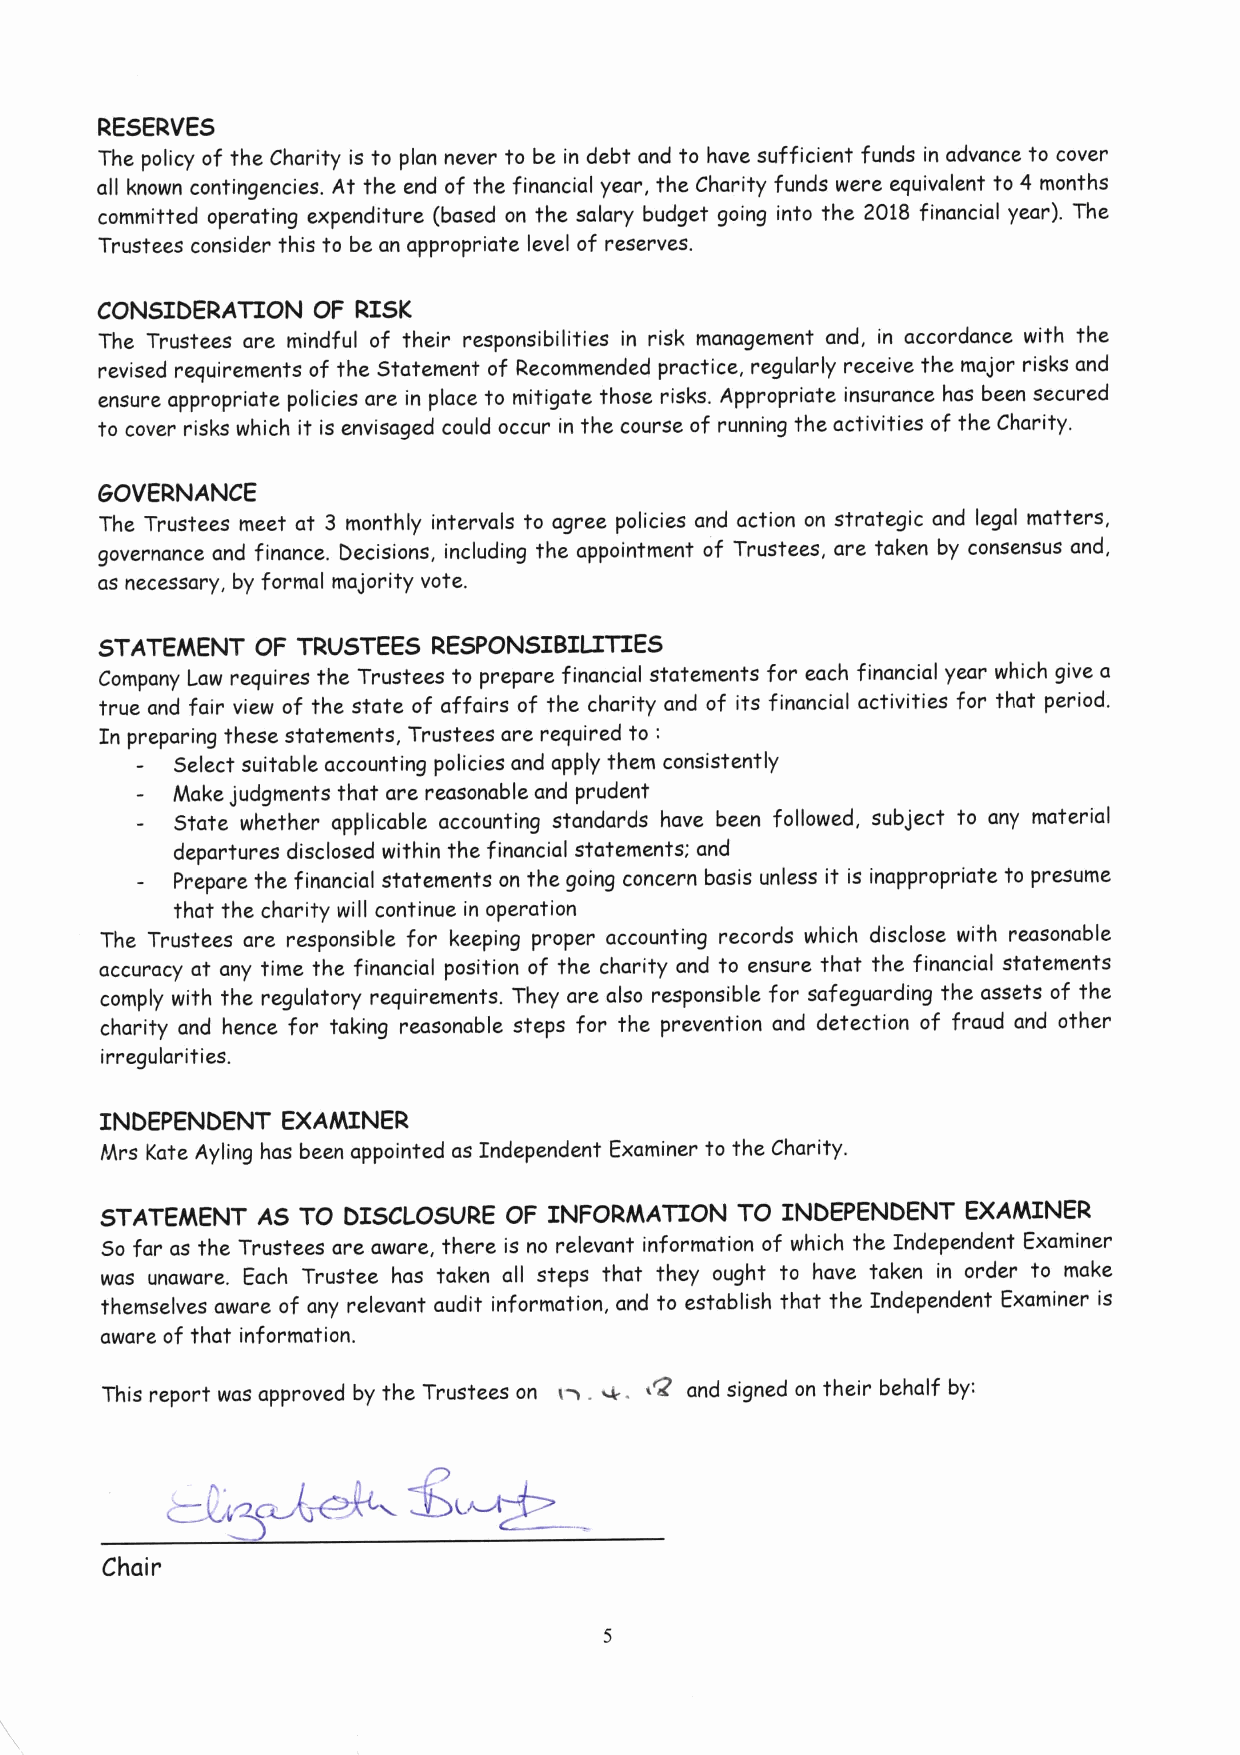
RESERVES
 The policy of the Charity is to plan never to be in debt and to have sufficient funds in advance to cover
 all known contingencies. At the end of the financial year, the Charity funds were equivalent to 4 months
 committed operating expenditure (based on the salary budget going into the 2018 financial year). The
 Trustees consider this to be an appropriate level of reserves.
 CONSIDERATION  OF RISK
 The Trustees are mindful of their responsibilities in risk management and, in accordance with the
 revised requir ements of the Statement of Recommended practice, regularly receive the major risks and
 ensure appropriate policies are in place to mitigate those risks. Appropriate insurance has been secured
 to cover risks which it is envisaged could occur in the course of running the activities of the Charity.
 GOVERNANCE
 The Trustees meet at 3 monthly intervals to agree policies and action on strategic and legal matters,
 governance and finance. Decisions, including the appointment of Trustees, are taken by consensus and,
 as necessary, by formal majority vote.
 STATEMENT  OF TRUSTEES RESPONSIBILITIES
 Company Law requires the Trustees to prepare financial statements for each financial year which give a
 true and fair view of the state of affairs of the charity and of its financial activities for that period.
 to:
 In preparing these statements, Trustees are required
 Select suitable accounting policies and apply them consistently
 Make judgments that are reasonable and prudent
 State whether applicable accounting standards have been followed, subject to any material
 departures disclosed within the financial statements; and
 Prepare the financial statements on the going concern basis unless it is inappropr iate to presume
 that the charity will continue in operation
 The Trustees are responsible for keeping proper accounting records which disclose with reasonable
 accuracy at any time the financial position of the charity and to ensure that the financial statements
 comply with the regulatory requirements. They are also responsible for safeguarding the assets of the
 charity and hence for taking reasonable steps for the prevention and detection of fraud and other
 irregularities.
 INDEPENDENT EXAMINER
 Mrs Kate Ayling has been appointed as Independent Examiner to the Char ity.
 STATEMENT AS TO DISCLOSURE OF INFORMATION TO INDEPENDENT EXAMINER
 So far as the Trustees are aware, there is no relevant information of which the Independent Examiner
 was unaware. E'ach Trustee has taken all steps that they ought to have taken in order to make
 themselves aware of any relevant audit information, and to establish that the Independent Examiner is
 aware of that information.
 This report was approved by the Trustees on && .w. ~'2 and signed on their behalf by:
 Chair